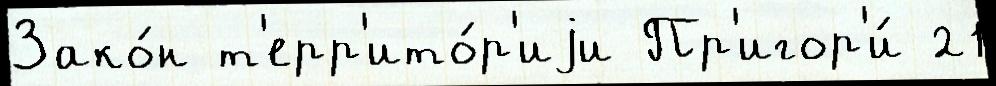
Зако́н т'ерр'ито́р'иjи Пр'игор'и́ 21